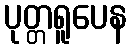
ပုတ္တရူပေန